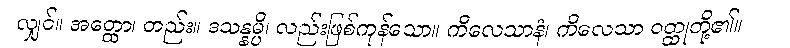
လျှင်။ အတ္ထော၊ တည်း။ ဒသန္နမ္ပိ၊ လည်းဖြစ်ကုန်သော။ ကိလေသာနံ၊ ကိလေသာ ဝတ္ထုတို့၏။